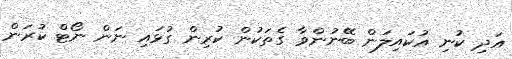
އަދި ކުނި އުކައިލަން ބޭނުންވާ ގެތަކުން ކުރިން ގުޅައި ނަން ނޯޓް ކުރަން